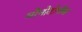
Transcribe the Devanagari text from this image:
मोनोटोनीक